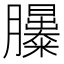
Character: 𦣃